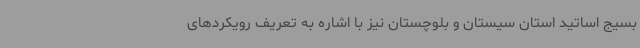
بسیج اساتید استان سیستان و بلوچستان نیز با اشاره به تعریف رویکردهای